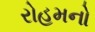
રોહમનો